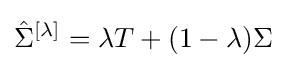
{\hat {\Sigma }}^{[\lambda ]}=\lambda T+(1-\lambda )\Sigma